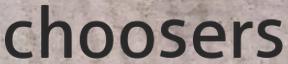
choosers